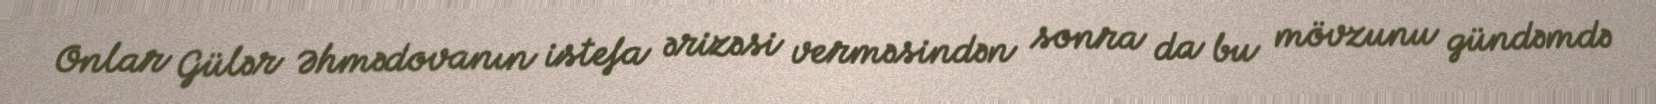
Onlar Gülər Əhmədovanın istefa ərizəsi verməsindən sonra da bu mövzunu gündəmdə